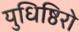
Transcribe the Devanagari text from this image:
युधिष्ठिरो